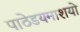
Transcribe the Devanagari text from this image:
पाठेडयमाशयो